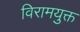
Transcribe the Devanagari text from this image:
विरामयुक्त